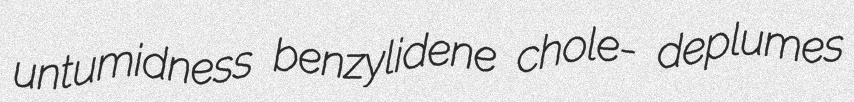
untumidness benzylidene chole- deplumes